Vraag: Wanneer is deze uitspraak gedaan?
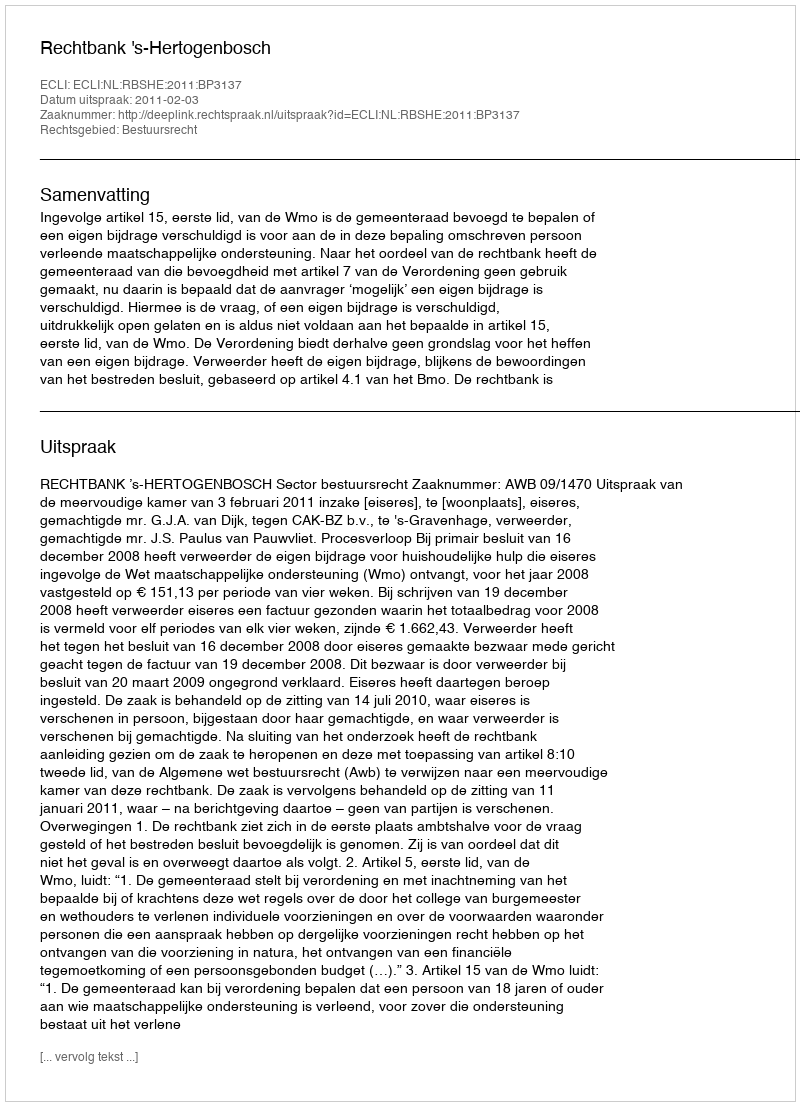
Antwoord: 2011-02-03